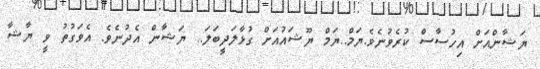
ޔަޝާންއަށް އިހުސާސް ކުރެވުނެވެ.ޔަމް..ޔަމް ޔޫޝައުއަށް ގުޅާލަދީބަލަ.. ޔަޝާން އެދުނެވެ. އެވަގުތު ވީ ޔާޝާ